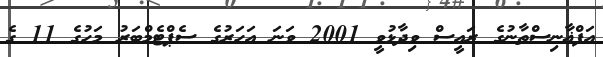
އަފްޣާނިސްތާނުގެ ރައީސް ވިދާޅުވީ 2001 ވަނަ އަހަރުގެ ސެޕްޓެމްބަރު މަހުގެ 11 ގެ